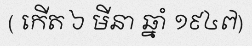
( កើត ៦ មីនា ឆ្នាំ ១៩៤៧)